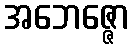
အဘေဇ္ဇော